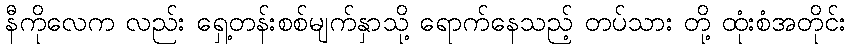
နီကိုလေက လည်း ရှေ့တန်းစစ်မျက်နှာသို့ ရောက်နေသည့် တပ်သား တို့ ထုံးစံအတိုင်း